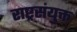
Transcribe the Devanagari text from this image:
राष्ट्रसंयुक्त